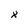
Character: x